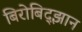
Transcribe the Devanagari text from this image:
बिरोबिद्झान